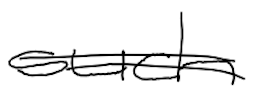
Text: such
Cross-out: double-line
Writing tool: digital_black